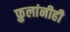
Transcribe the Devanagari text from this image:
फ़ुलांनीही